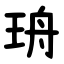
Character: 珘